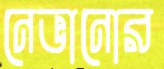
নেভানোর